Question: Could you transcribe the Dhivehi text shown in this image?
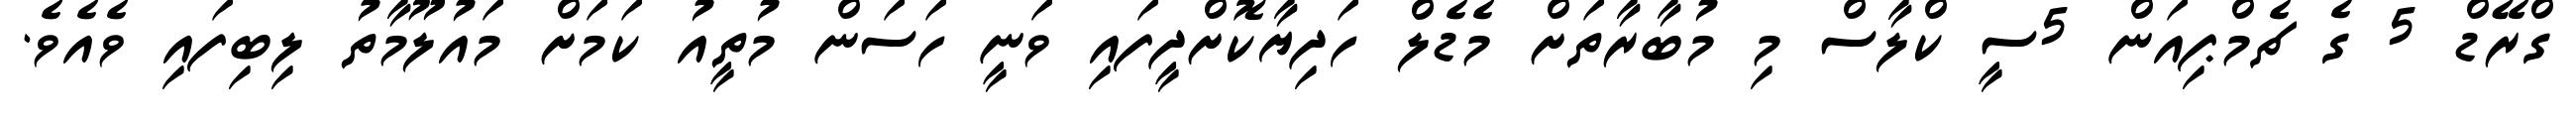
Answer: ގްރޭޑް 5 ގެ ޗެމްޕިއަން 5ސީ ކްލާސް މި މުބާރާތަށް މެޑެލް ހަދިޔާކޮށްދީފައި ވަނީ ހަސަން މުތީއު ކަމަށް މައުލޫމާތު ލިބިފައި ވެއެވެ.